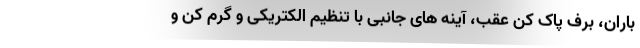
باران، برف پاک کن عقب، آینه های جانبی با تنظیم الکتریکی و گرم کن و